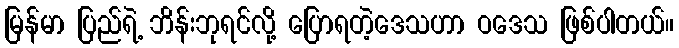
မြန်မာ ပြည်ရဲ့ ဘိန်းဘုရင်လို့ ပြောရတဲ့ဒေသဟာ ဝဒေသ ဖြစ်ပါတယ်။